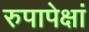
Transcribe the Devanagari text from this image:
रुपापेक्षां